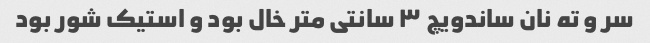
سر و ته نان ساندویچ ٣ سانتی متر خال بود و استیک شور بود